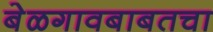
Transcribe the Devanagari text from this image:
बेळगावबाबतचा